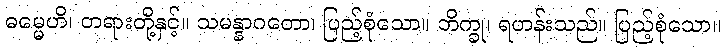
ဓမ္မေဟိ၊ တရားတို့နှင့်။ သမန္နာဂတော၊ ပြည့်စုံသော။ ဘိက္ခု၊ ရဟန်းသည်။ ပြည့်စုံသော။